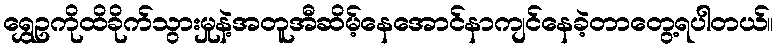
ရွှေဥကိုထိခိုက်သွားမှုနဲ့အတူအီဆိမ့်နေအောင်နာကျင်နေခဲ့တာတွေ့ရပါတယ်။